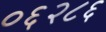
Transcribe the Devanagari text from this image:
०६२८६